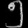
Digit: ၅